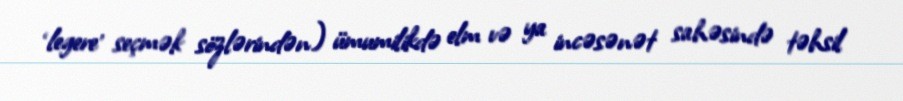
‘legere’ seçmək sözlərindən) ümumilikdə elm və ya incəsənət sahəsində təhsil